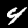
Digit: 4